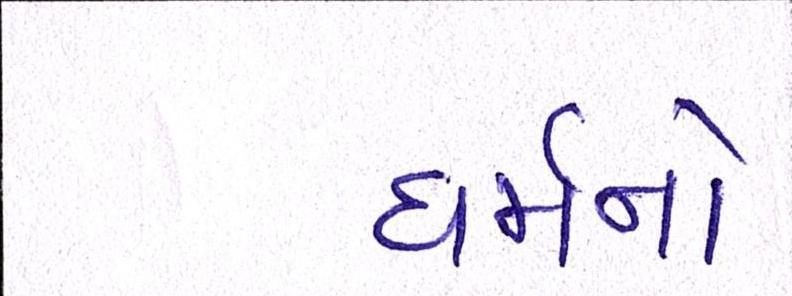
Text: ધર્મનો